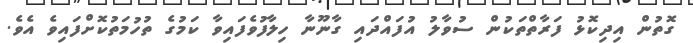
ގޮތުން އިދިކޮޅު ފަރާތްތަކުން ސުވާލު އުފައްދައި ގާނޫނާ ހިލާފުވެފައިވާ ކަމުގެ ތުހުމަތުކޮށްފައިވެ އެވެ.